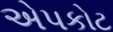
એપકોટ